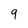
Character: 9